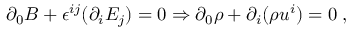
\partial _ { 0 } B + \epsilon ^ { i j } ( \partial _ { i } E _ { j } ) = 0 \Rightarrow \partial _ { 0 } \rho + \partial _ { i } ( \rho u ^ { i } ) = 0 \; ,